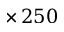
\times \, 2 5 0